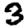
Digit: 3